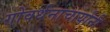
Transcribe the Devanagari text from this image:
गोवर्धनाचार्यांनी